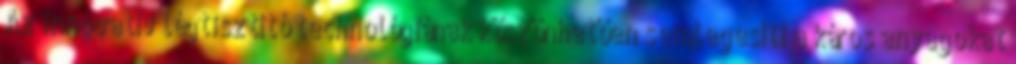
Az innovatív légtisztító technológiának köszönhetően semlegesíti a káros anyagokat